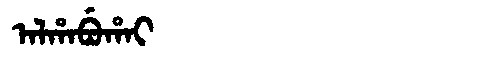
Manchu: ᠠᠯᡥᠠᠪᡠᡥᠠᡳ
Romanization: ALHABUHAI